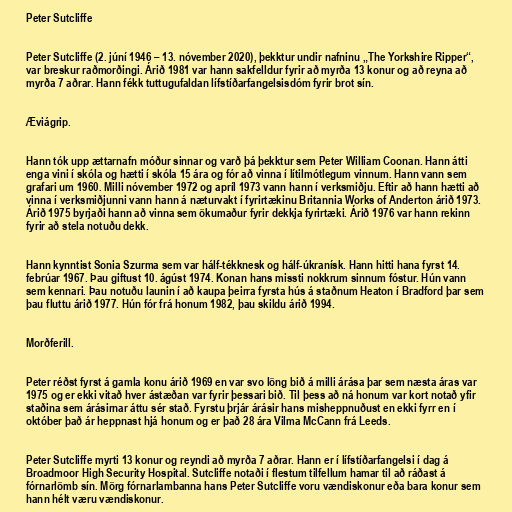
Peter Sutcliffe

Peter Sutcliffe (2. júní 1946 – 13. nóvember 2020), þekktur undir nafninu „The Yorkshire Ripper“,
var breskur raðmorðingi. Árið 1981 var hann sakfelldur fyrir að myrða 13 konur og að reyna að
myrða 7 aðrar. Hann fékk tuttugufaldan lífstíðarfangelsisdóm fyrir brot sín.

Æviágrip.

Hann tók upp ættarnafn móður sinnar og varð þá þekktur sem Peter William Coonan. Hann átti
enga vini í skóla og hætti í skóla 15 ára og fór að vinna í lítilmótlegum vinnum. Hann vann sem
grafari um 1960. Milli nóvember 1972 og apríl 1973 vann hann í verksmiðju. Eftir að hann hætti að
vinna í verksmiðjunni vann hann á næturvakt í fyrirtækinu Britannia Works of Anderton árið 1973.
Árið 1975 byrjaði hann að vinna sem ökumaður fyrir dekkja fyrirtæki. Árið 1976 var hann rekinn
fyrir að stela notuðu dekk.

Hann kynntist Sonia Szurma sem var hálf-tékknesk og hálf-úkranísk. Hann hitti hana fyrst 14.
febrúar 1967. Þau giftust 10. ágúst 1974. Konan hans missti nokkrum sinnum fóstur. Hún vann
sem kennari. Þau notuðu launin í að kaupa þeirra fyrsta hús á staðnum Heaton í Bradford þar sem
þau fluttu árið 1977. Hún fór frá honum 1982, þau skildu árið 1994.

Morðferill.

Peter réðst fyrst á gamla konu árið 1969 en var svo löng bið á milli árása þar sem næsta áras var
1975 og er ekki vitað hver ástæðan var fyrir þessari bið. Til þess að ná honum var kort notað yfir
staðina sem árásirnar áttu sér stað. Fyrstu þrjár árásir hans misheppnuðust en ekki fyrr en í
október það ár heppnast hjá honum og er það 28 ára Vilma McCann frá Leeds.

Peter Sutcliffe myrti 13 konur og reyndi að myrða 7 aðrar. Hann er í lífstíðarfangelsi í dag á
Broadmoor High Security Hospital. Sutcliffe notaði í flestum tilfellum hamar til að ráðast á
fórnarlömb sín. Mörg fórnarlambanna hans Peter Sutcliffe voru vændiskonur eða bara konur sem
hann hélt væru vændiskonur.